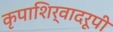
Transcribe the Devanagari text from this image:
कृपाशिर्वादरूपी